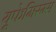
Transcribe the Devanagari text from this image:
यूफेमिस्म्स